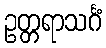
ဥတ္တရာသင်္ဂံ